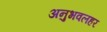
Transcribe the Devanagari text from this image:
अनुभवलहर